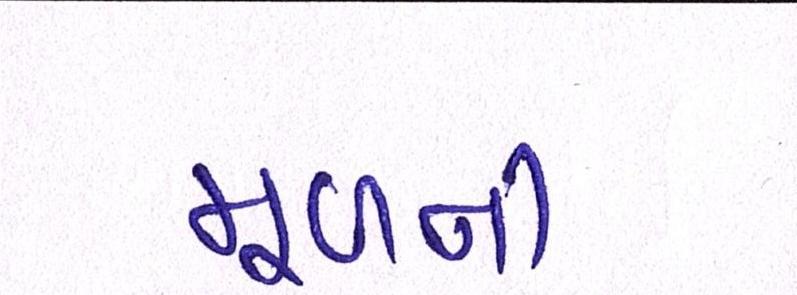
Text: મૂળની